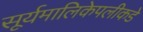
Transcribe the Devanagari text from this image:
सूर्यमालिकेपलीकडे